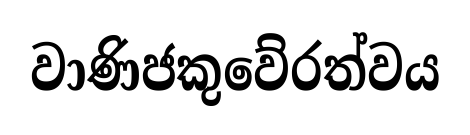
වාණිජකුවේරත්වය